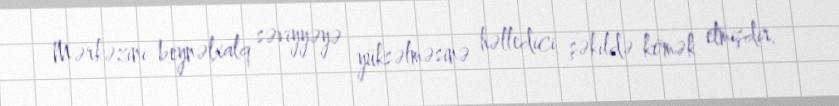
Mərkəzini beynəlxalq səviyyəyə yüksəlməsinə həlledici şəkildə kömək etmişdir.